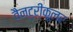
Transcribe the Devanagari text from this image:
वैन्ट्रीकूलर